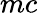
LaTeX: mc